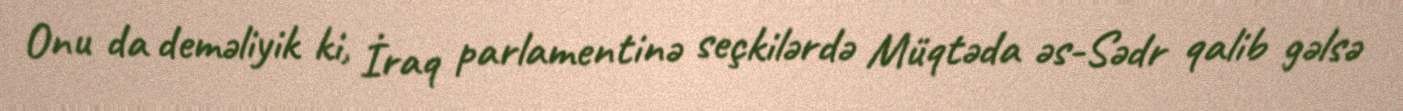
Onu da deməliyik ki, İraq parlamentinə seçkilərdə Müqtəda əs-Sədr qalib gəlsə